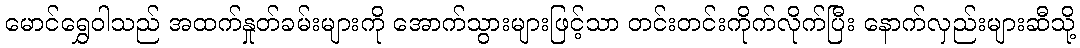
မောင်ရွှေဝါသည် အထက်နှုတ်ခမ်းများကို အောက်သွားများဖြင့်သာ တင်းတင်းကိုက်လိုက်ပြီး နောက်လှည်းများဆီသို့